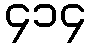
၄၁၄